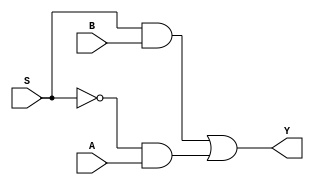
module mux_2to1 (
    input wire S,
    input wire A,
    input wire B,
    output reg Y
);

always @(*) begin
    Y = (S & B) | (!S & A);
end

endmodule